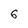
Character: 6